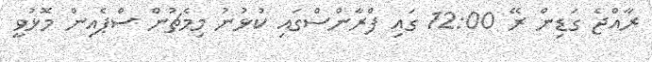
ރާއްޖެ ގަޑިން ރޭ 12:00 ގައި ފްރާންސްގައި ކުޅުނު މިމެޗުން ސްޕެއިން މޮޅުވީ